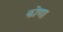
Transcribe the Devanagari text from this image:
कॊणा